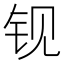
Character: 𰽢